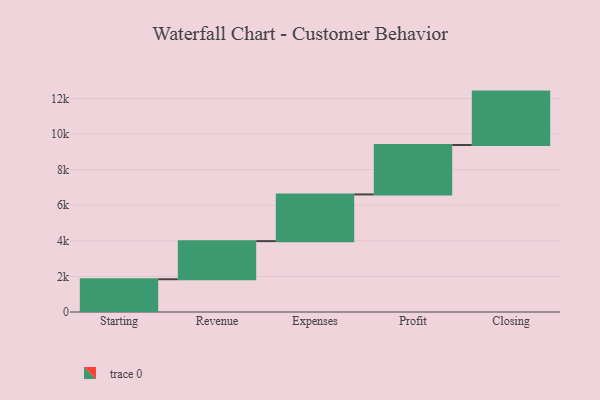
{"axis": {"x": "Step", "y": "Value"}, "legend": [""], "data": [{"x": "Starting", "y": 1841.0, "type": ""}, {"x": "Revenue", "y": 2142.0, "type": ""}, {"x": "Expenses", "y": 2624.0, "type": ""}, {"x": "Profit", "y": 2779.0, "type": ""}, {"x": "Closing", "y": 3000, "type": ""}]}